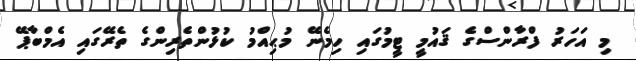
މި އަހަރު ފްރާންސްގެ ޤައުމީ ޓީމުގައި ހިމެނޭ މުޙިއްމު ކުޅުންތެރިންގެ ތެރޭގައި އެމްބާޕޭ